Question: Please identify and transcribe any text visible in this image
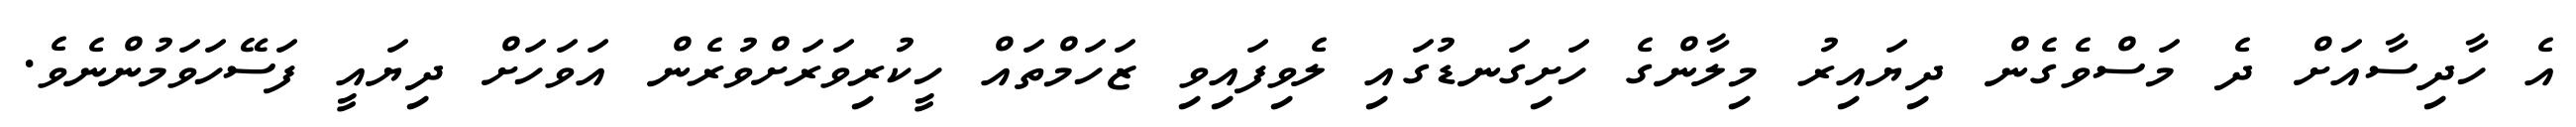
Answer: އެ ހާދިސާއަށް ދެ މަސްވެގެން ދިޔައިރު މިލާންގެ ހަށިގަނޑުގައި ލެވިފައިވި ޒަހަމްތައް ހީކުރިވަރަށްވުރެން އަވަހަށް ދިޔައީ ފަސޭހަވަމުންނެވެ.